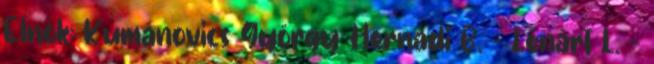
Elnök: Kumánovics György Hernádi B. - Lénárt L. -